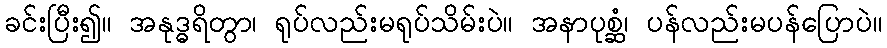
ခင်းပြီး၍။ အနုဒ္ဓရိတွာ၊ ရုပ်လည်းမရုပ်သိမ်းပဲ။ အနာပုစ္ဆံ၊ ပန်လည်းမပန်ပြောပဲ။